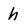
Character: h